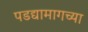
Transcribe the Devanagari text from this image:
पडद्यामागच्या